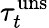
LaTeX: \tau_{t}^{\mathrm{uns}}